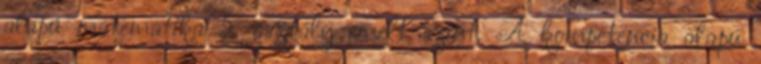
alapú matematika 5. osztály emelt szint. A kompetencia alapú